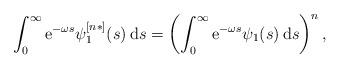
LaTeX: \begin{align*} \int_0^\infty \mathrm{e}^{-\omega s} \psi^{[n*]}_1(s)\, \textnormal{d}s=\left(\int_0^\infty \mathrm{e}^{-\omega s} \psi_1(s) \,\textnormal{d} s\right)^n,\end{align*}